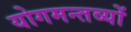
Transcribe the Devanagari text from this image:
योगमन्तव्यों